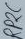
Text: RP2C